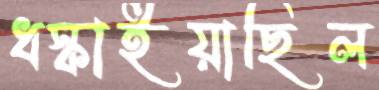
ধস্‌কাইয়াছিল